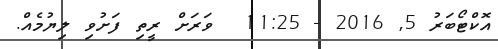
އޮކްޓޯބަރު 5